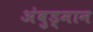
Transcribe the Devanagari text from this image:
अंबुड्मान